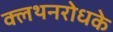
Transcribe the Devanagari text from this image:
क्लथनरोधके